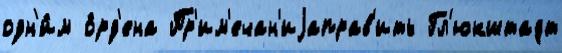
одн'и́м о́рд'ена Пр'им'ечан'иjаправ'ить Гл'юкштадт